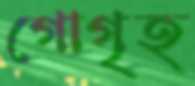
গোগৃহ